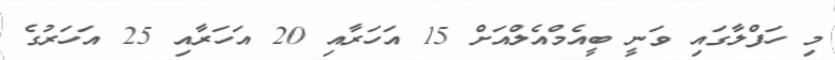
މި ހަފްލާގައި ވަނީ ބީއެމްއެލްއަށް 15 އަހަރާއި 20 އަހަރާއި 25 އަހަރުގެ